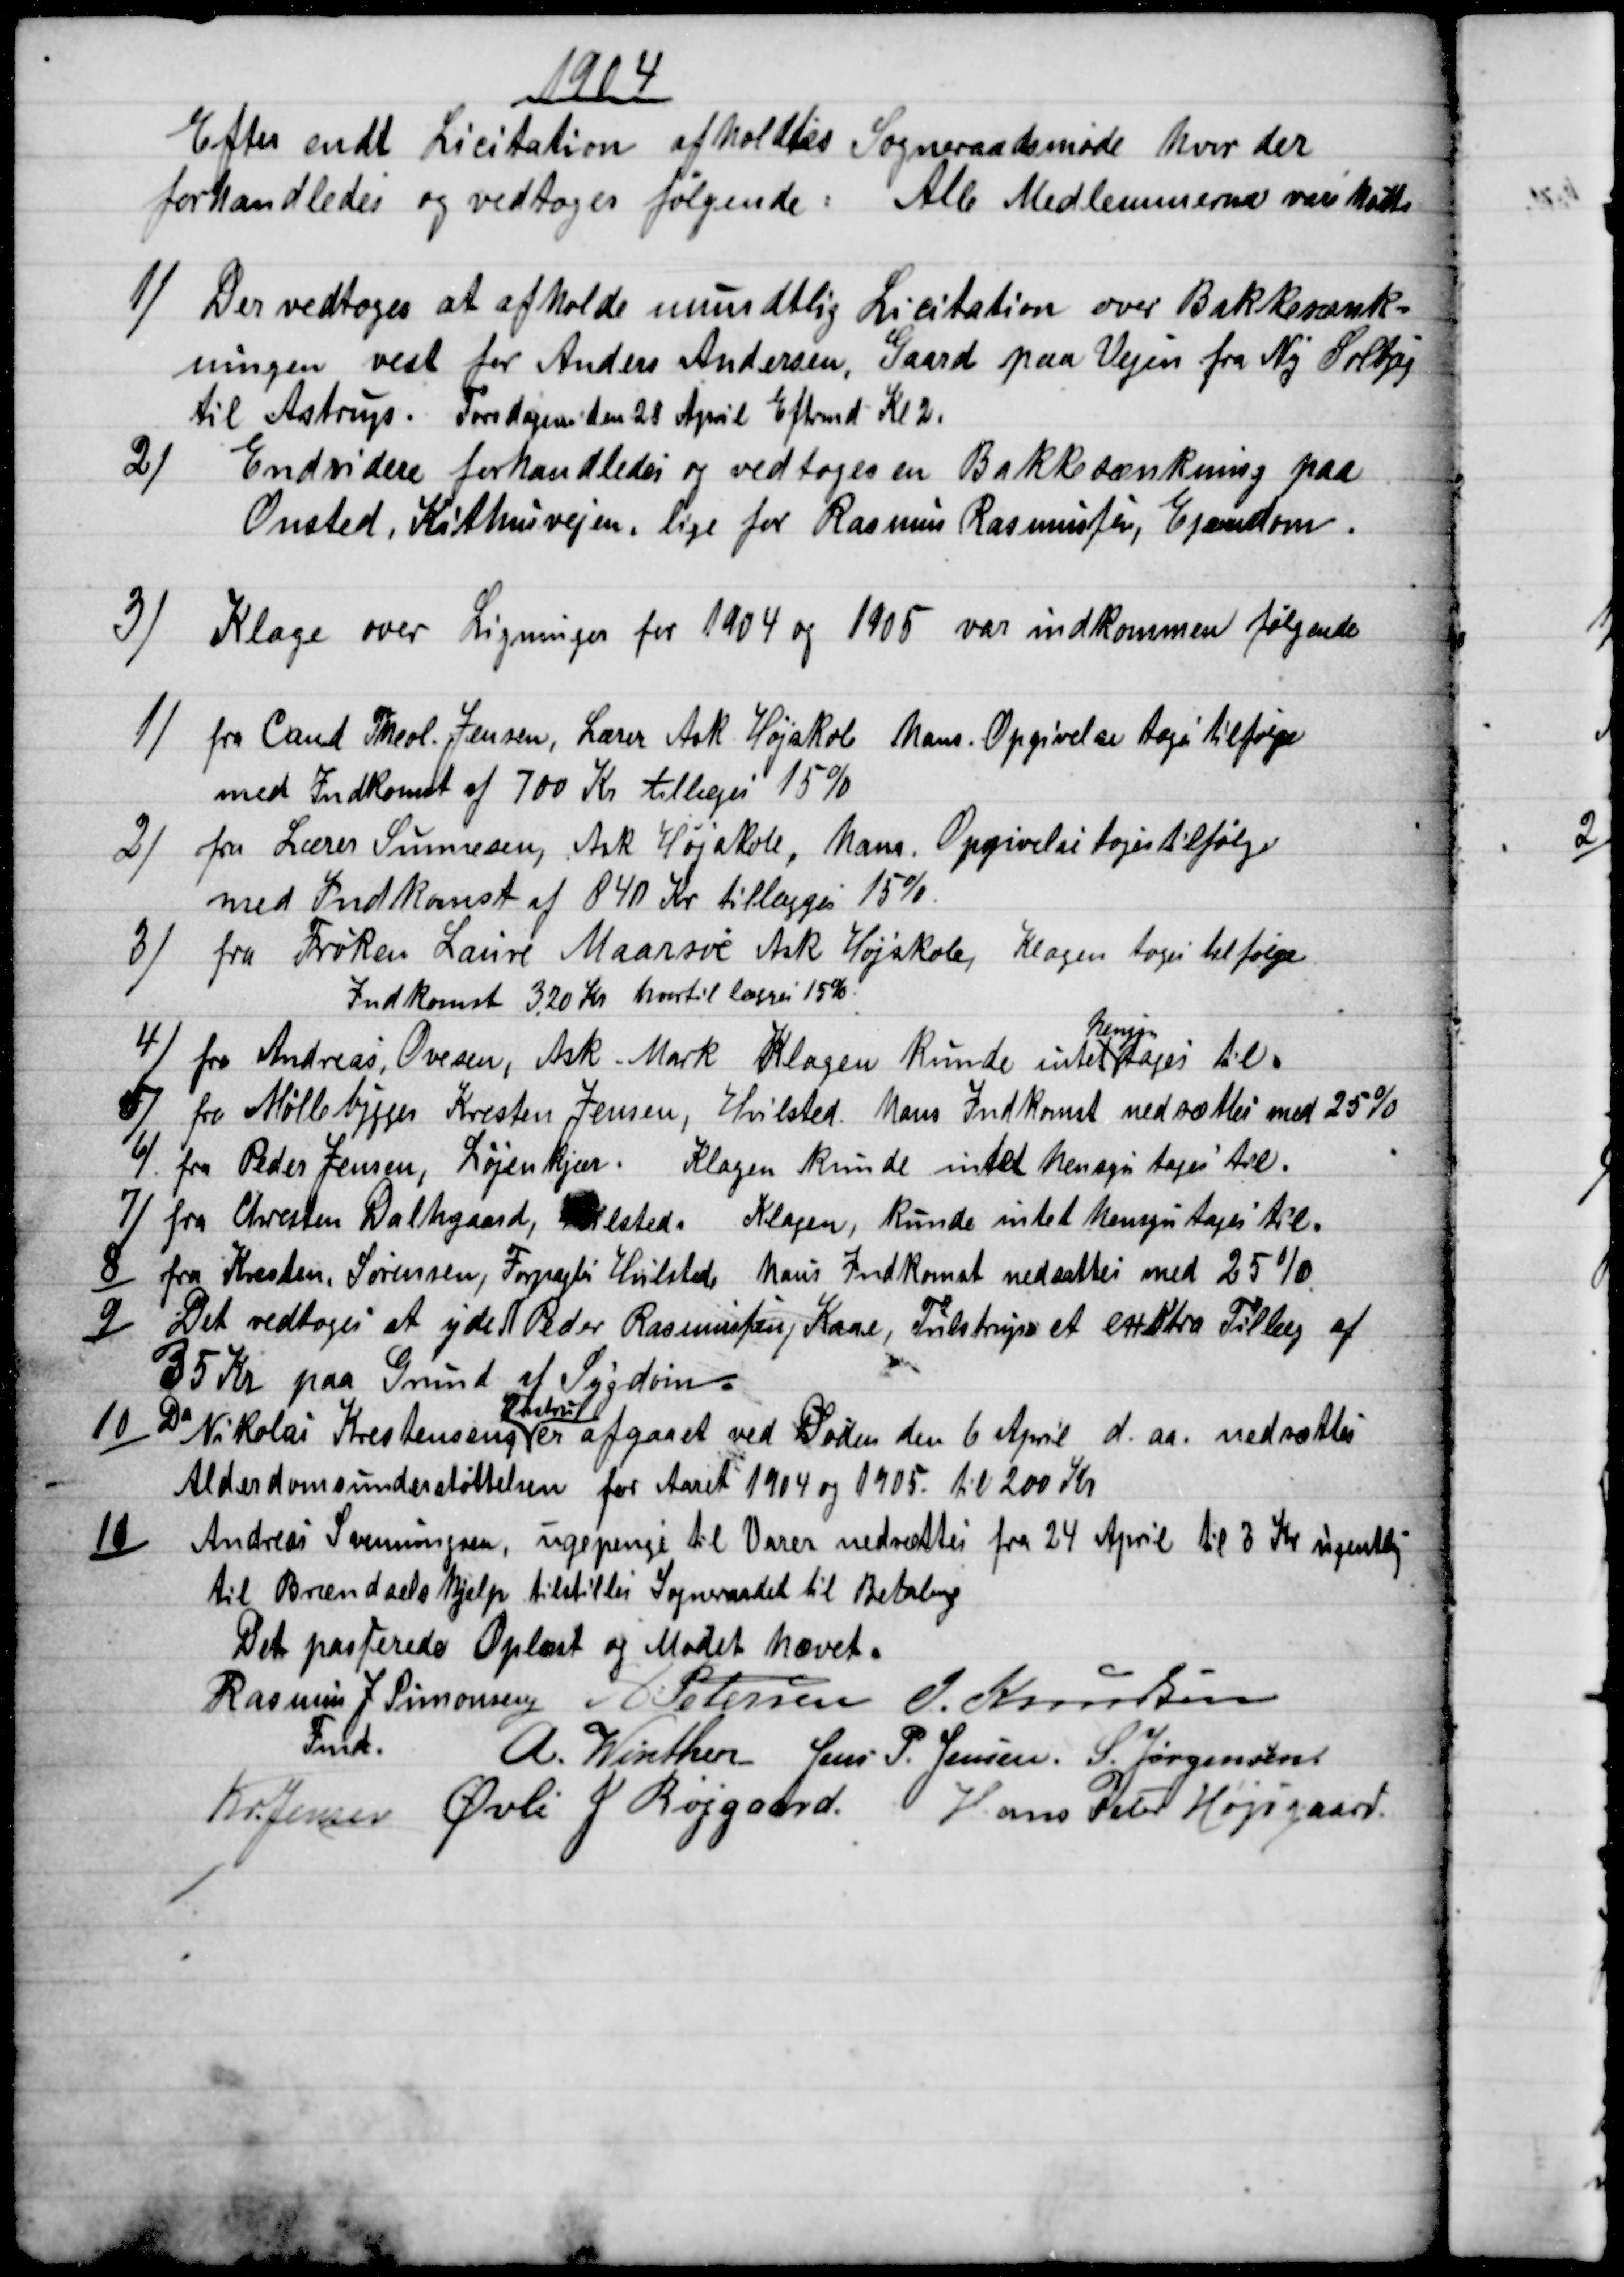
Transskription:
1914
Efter endt Licitation afholdtes Sogneraadsmøde hvor der
forhandledes og vedtoges følgende: Alle Medlemmerne vare Mødte
1) 
Der vedtoges at afholde mundtlig Licitation over Bakkesænk-
ningen vest for Anders Andersen, Gaard paa Vejen fra Ny Solbjg
til Astrup. Torsdagen den 28 April Eftrmd Kl 2.
2)
Endvidere forhandledes og vedtoges en Bakkesænkning paa
Onsted, Kithusvejen, lige for Rasmus Rasmussen, Ejendom.
3) 
Klage over Ligninger for 1904 og 1905 var indkommen følgende
1) 
fra Cand Theol. Jensen, Lærer Ask Højskole hans. Opgivelse tages tilfølge
med Indkomst af 700 Kr tillæges 15%
2)
fra Lærer Simonsen, Ask Højskole, hans Opgivelse toges tilfølge
med Indkomst af 840 Kr tillægges 15 %.
3)
fra Frøken Laure Maarsøe Ask Højskole, Klagen toges til følge
Indkomst 320 Kr hvortil lægges 15%
4) 
fra Andreas, Ovesen, Ask Mark Klagen kunde intet 
hensyn
tages til.
8) 
fra Møllebygger Kresten Jensen, Hvilsted. hans Indkomst nedsættes med 25%
6) 
fra Peder Jensen, Løjenkjær. Klagen kunde intet hensyn tages til.
7) fra Christen Dalhgaard, Hvilsted. Klagen, kunde intet hensyn tages til.
8) 
 fra Kresten, Sørensen, Forpagter Hvilsted, hans Indkomst nedsattes med 25 %
9)
Det vedtoges at yde N Peder Rasmussen, Kaae, Tulstrup et exstra Tillæg af
35 Kr paa Grund af Sygdom
10) 
Da Nikolai Kristensens 
Hustru
er afgaaet ved Døden den 6 April d. aa. nedsættes
Alderdomsunderstøttelsen for Aaret 1904 og 1905. til 200 Kr
11)
Andreas Svenningsen, ugepenge til Varer nedsættes fra 24 April til 3 Kr ugentlig
til Brændselshjælp tilstiller Sogneraadet til Betaling
Det passerede Oplæst og Mødet hævet.
Rasmus J. Simonsen 
Fmd.
A Petersen J. Knudsen
A. Winther Jens P. Jensen. S. Jørgensen
Kr. Jensen Øvli J Røjgaard. Hans Peter Højsgaard